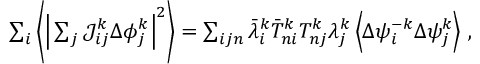
\begin{array} { r } { \sum _ { i } \bigg \langle \Big \vert \sum _ { j } \mathcal { J } _ { i j } ^ { k } \Delta { \phi } _ { j } ^ { k } \Big \vert ^ { 2 } \bigg \rangle = \sum _ { i j n } \bar { \lambda } _ { i } ^ { k } \bar { T } _ { n i } ^ { k } T _ { n j } ^ { k } \lambda _ { j } ^ { k } \left\langle \Delta { \psi } _ { i } ^ { - k } \Delta { \psi } _ { j } ^ { k } \right\rangle \, , } \end{array}